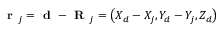
\textbf { r } _ { j } = \textbf { d } - \textbf { R } _ { j } = \left( X _ { d } - X _ { j } , Y _ { d } - Y _ { j } , Z _ { d } \right)